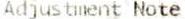
ADJUSTMENT NOTE